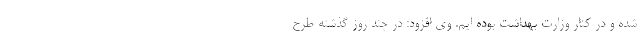
شده و در کنار وزارت بهداشت بوده ایم. وی افزود: در چند روز گذشته طرح